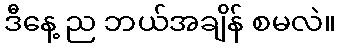
ဒီနေ့ ည ဘယ်အချိန် စမလဲ။